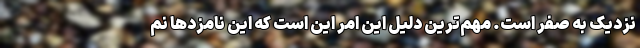
نزدیک به صفر است. مهم‌ترین دلیل این امر این است که این نامزدها نم